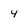
Character: 4